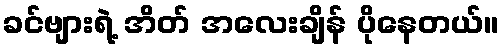
ခင်ဗျားရဲ့ အိတ် အလေးချိန် ပိုနေတယ်။